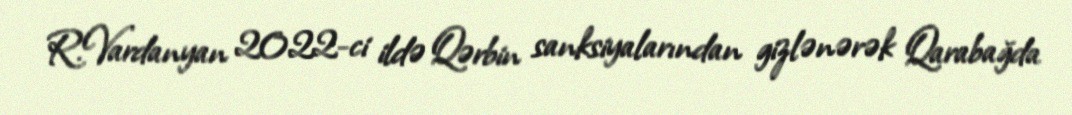
R.Vardanyan 2022-ci ildə Qərbin sanksiyalarından gizlənərək Qarabağda